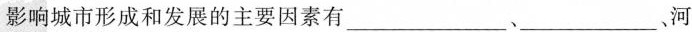
影响城市形成和发展的主要因素有___、___河